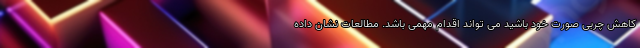
کاهش چربی صورت خود باشید می تواند اقدام مهمی باشد. مطالعات نشان داده